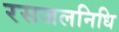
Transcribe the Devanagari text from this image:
रसजलनिधि